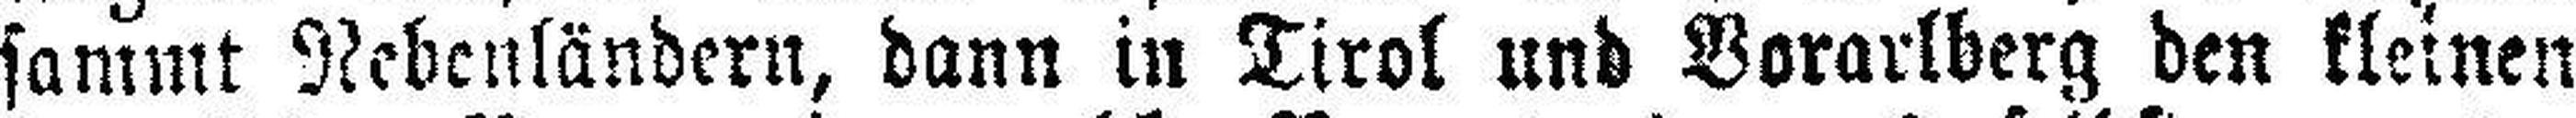
sammt Nebenländern, dann in Tirol und Vorarlberg den kleinen